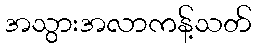
အသွားအလာကန့်သတ်